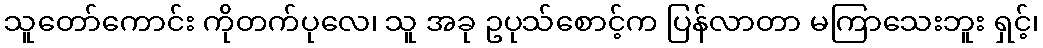
သူတော်ကောင်း ကိုတက်ပုလေ၊ သူ အခု ဥပုသ်စောင့်က ပြန်လာတာ မကြာသေးဘူး ရှင့်၊